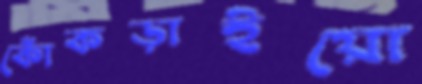
কোঁকড়াইয়ো